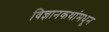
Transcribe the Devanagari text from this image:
विज्ञानकथांमधून